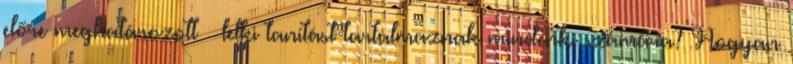
előre meghatározott – lelki tanítást tartalmaznak mindenki számára? Hogyan